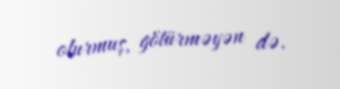
olurmuş, götürməyən də.